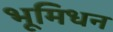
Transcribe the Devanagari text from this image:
भूमिधन